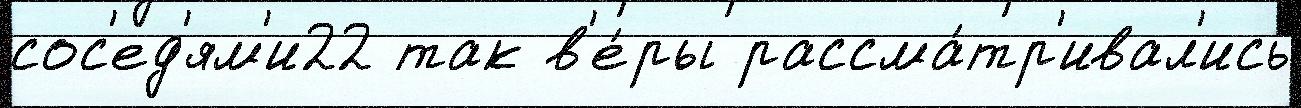
сос'ед'ям'и22 так в'е́ры рассма́тр'ивал'ись